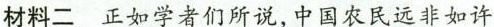
材料二 正如学者们所说，中国农民远非如许